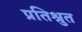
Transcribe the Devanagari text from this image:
प्रतिश्रुत